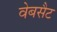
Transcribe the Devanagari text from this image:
वेबसैट